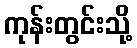
ကုန်းတွင်းသို့